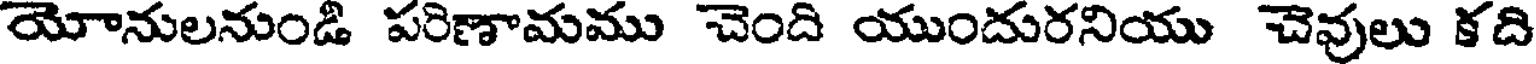
యోనులనుండి పరిణామము చెంది యుందురనియు చెవులు కది